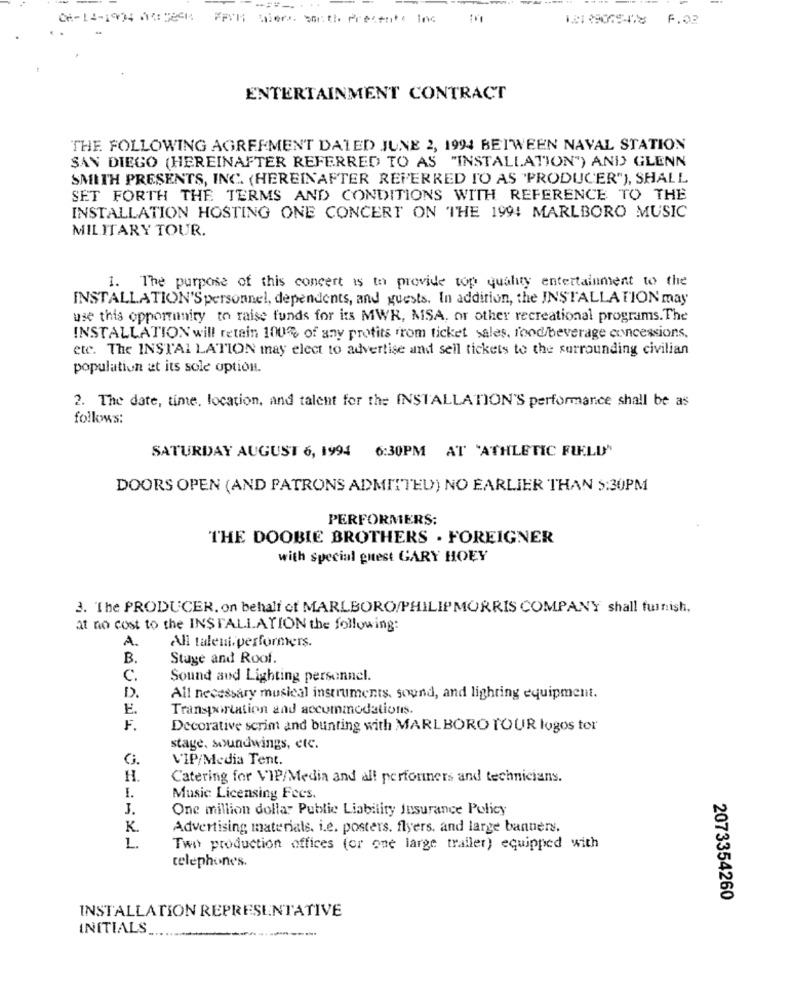
===--
. ..
CH-12-1904 ACHEGA FAIT Niers. South Presente Inc In
121 39065-478 6.02
ENTERTAINMENT CONTRACT
THE FOLLOWING AGREEMENT DALED JUNE 2, 1994 BETWEEN NAVAL STATION
SAN DIEGO (HEREINAFTER REFERRED TO AS "INSTALLATION") AND GLENN
SMITH PRESENTS, INC. (HEREINAFTER REFERRED TO AS "PRODUCER"), SHALL
SET FORTH THE TERMS AND CONDITIONS WITH REFERENCE TO THE
INSTALLATION HOSTING ONE CONCERT ON THE 199! MARLBORO MUSIC
MILITARY TOUR.
1. The purpose of this concert is to provide top quality entertainment to the
INSTALLATION'Spersonnel, dependents, and guests. In addition, the INSTALLATION may
use this opportunity to raise funds for its MWR, MSA, or other recreational programs. The
INSTALLATION will retain 100% of any profits from ticket sales, food/beverage concessions.
etc. The INSTALLATION may elect to advertise and sell tickets to the surrounding civilian
population at its sole option.
2. The date, time, location, and talent for the INSTALLATION'S performance shall be as
folkos:
SATURDAY AUGUST 6, 1994 6:30PM AT 'ATHLETIC FIELD"
DOORS OPEN (AND PATRONS ADMITTED) NO EARLIER THAN 5:30PM
PERFORMERS:
THE DOOBIE BROTHERS . FOREIGNER
with special guest GARY HOEY
3. The PRODUCER, on behalf of MARLBORO/PHILIPMORRIS COMPANY shall furnish,
at no cost to the INSTALLATION the following:
All talent, performers.
A.
B.
Stage and Roof.
C.
Sound and Lighting personnel.
D.
All necessary musical instruments, sound, and lighting equipment.
E.
Transportation and accommodations.
F.
Decorative scrim and bunting with MARLBORO TOUR logos tor
stage, soundwings, etc.
G.
VIP/Media Tent.
H.
Catering for VIP/Media and all performers and technicians.
I.
Music Licensing Fees.
J.
One million dollar Public Liability Insurance Policy
K.
Advertising materials. i.e. posters. flyers, and large banners.
L.
Two production offices (or one large trailer) equipped with
telephone's.
2073354260
INSTALLATION REPRESENTATIVE
INITIALS_
-----